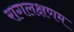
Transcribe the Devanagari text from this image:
रागलक्षणम